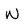
Character: W